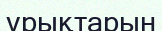
ұрықтарын